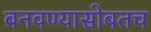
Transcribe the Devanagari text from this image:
बनवण्यासोबतच